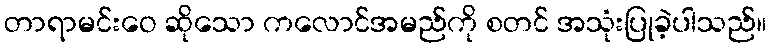
တာရာမင်းဝေ ဆိုသော ကလောင်အမည်ကို စတင် အသုံးပြုခဲ့ပါသည်။